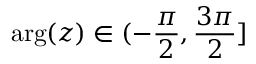
\arg ( z ) \in ( - \frac { \pi } { 2 } , \frac { 3 \pi } { 2 } ] \protect